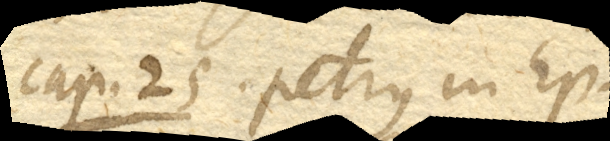
Cap. 25. Petrus in Ep.